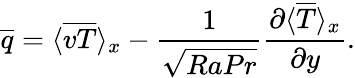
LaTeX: \overline{{q}}=\langle\overline{{vT}}\rangle_{x}-\frac{1}{\sqrt{RaPr}}\frac{\partial\langle\overline{{T}}\rangle_{x}}{\partial y}.